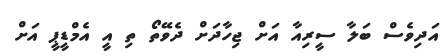
އަދިވެސް ބަލާ ސީރިއާ އަށް ޖިހާދަށް ދެވޭތޯ ތި އީ އެމްޑީޕީ އަށް